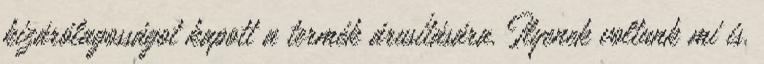
kizárólagosságot kapott a termék árusítására. Ilyenek voltunk mi is.